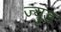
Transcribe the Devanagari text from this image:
ज्युड